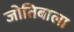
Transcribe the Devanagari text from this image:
जोतिबाला